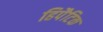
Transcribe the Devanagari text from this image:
हिपैटिक